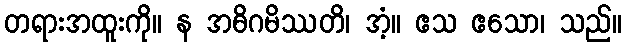
တရားအထူးကို။ န အဓိဂမိဿတိ၊ အံ့။ ဧသ ဧသော၊ သည်။